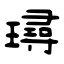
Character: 璕